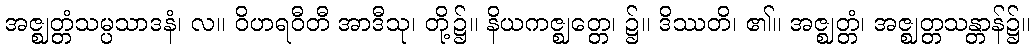
အဇ္ဈတ္တံသမ္ပသာဒနံ၊ လ။ ဝိဟရဝီတီ အာဒီသု၊ တို့၌။ နိယကဇ္ဈတ္တေ၊ ၌။ ဒိဿတိ၊ ၏။ အဇ္ဈတ္တံ၊ အဇ္ဈတ္တသန္တာန်၌။